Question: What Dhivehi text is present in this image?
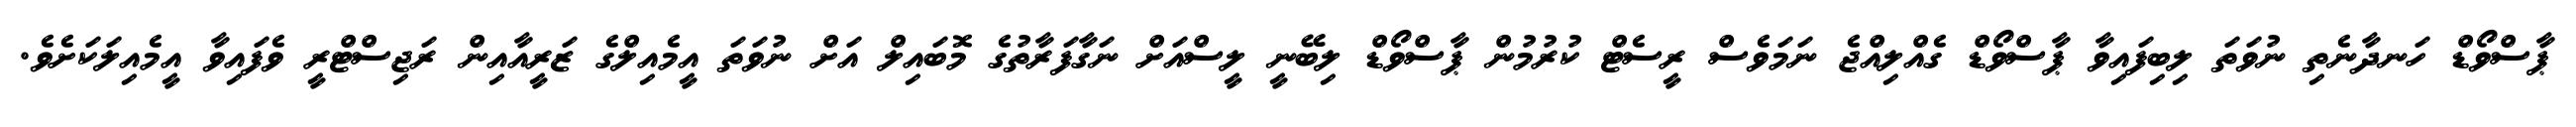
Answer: ޕާސްވޯޑް ހަނދާނެތި ނުވަތަ ލިބިފައިވާ ޕާސްވޯޑް ގެއްލިއްޖެ ނަމަވެސް ރީސެޓް ކުރުމުން ޕާސްވޯޑް ލިބޭނީ ލީސްއަށް ނަގާފަރާތުގެ މޮބައިލް އަށް ނުވަތަ އީމެއިލްގެ ޒަރީއާއިން ރަޖިސްޓްރީ ވެފައިވާ އީމެއިލަކަށެވެ.